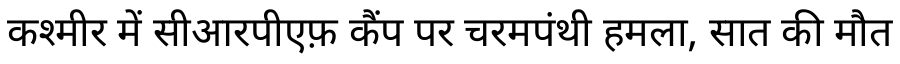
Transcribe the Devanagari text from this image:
कश्मीर में सीआरपीएफ़ कैंप पर चरमपंथी हमला, सात की मौत